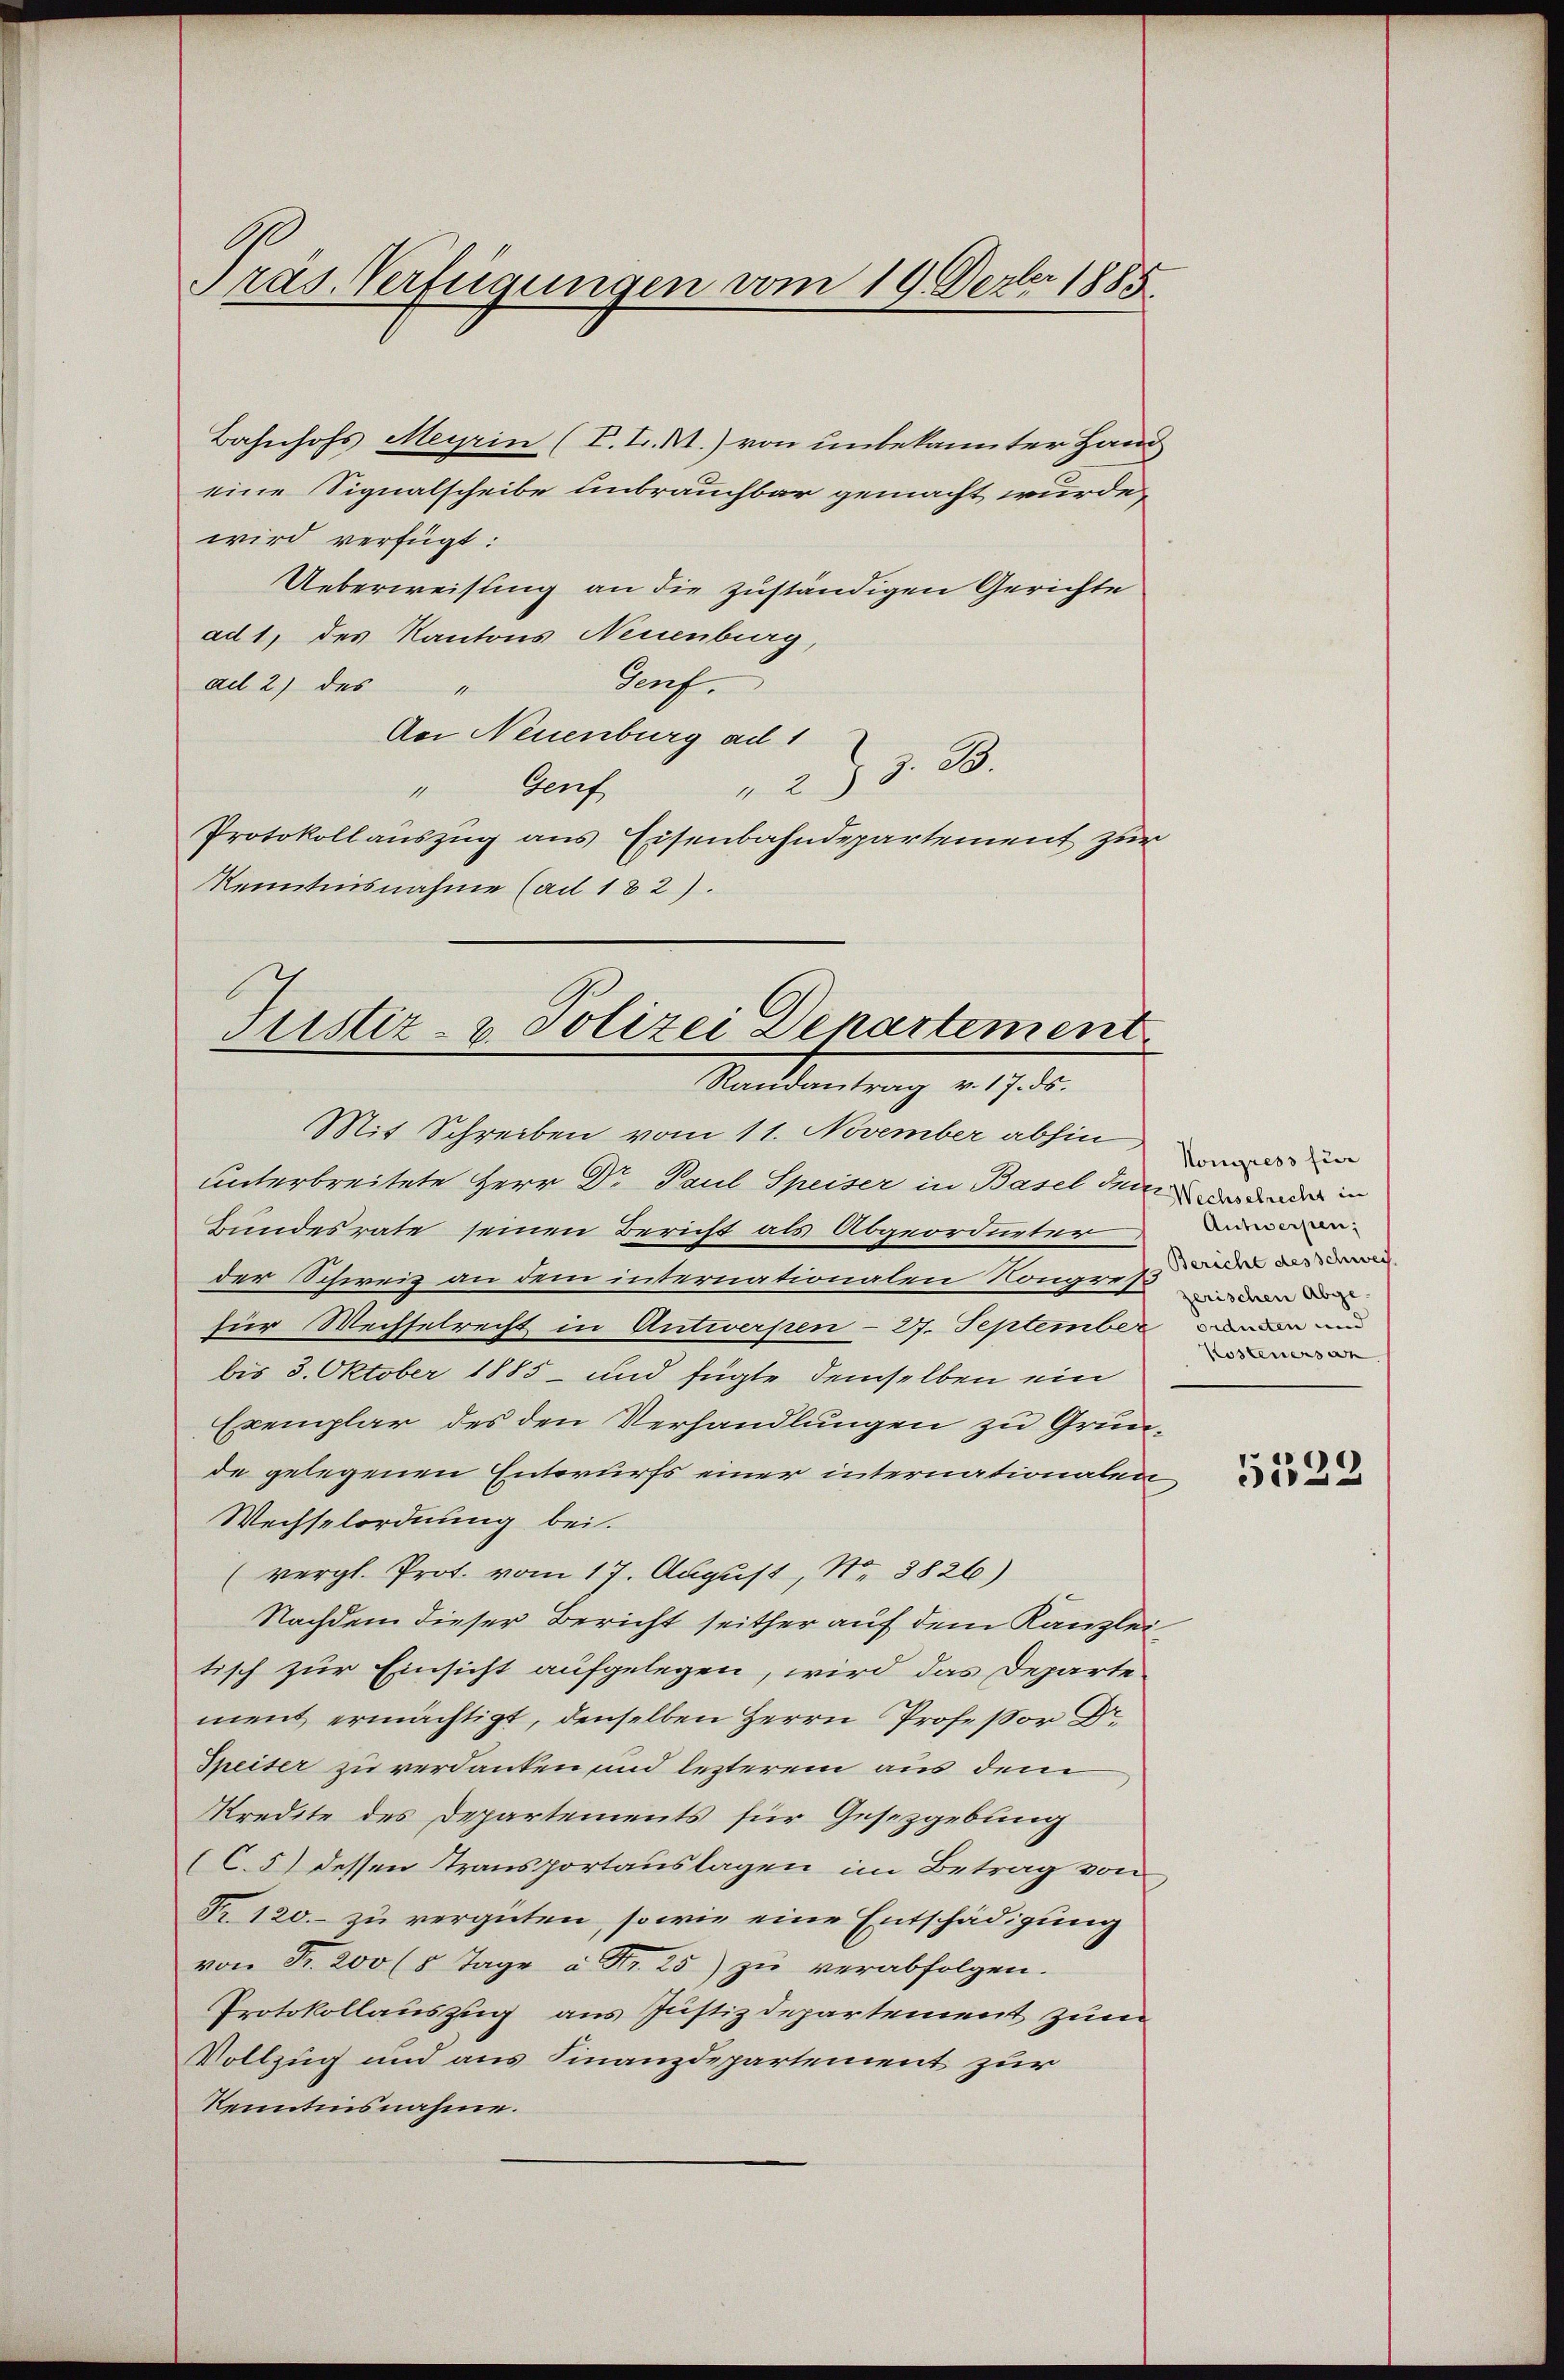
Präs. Verfügungen vom 19. Dezler 1885.

Bahnhofs Meyrin (P. L. M.) von unbekannter Hand
eine Signalscheibe unbrauchbar gemacht wurde,
wird verfügt:
Ueberweisung an die zuständigen Gerichte
ad 1, des Kantons Neuenburg,
Genf.
ad 2) des
14
Ao Neuenburg ad 1
2) § 38.
" Genf
Protokollauszug aus Eisenbahndepartement zur
Kenntnisnahme (ad 182).

Justiz- & Polizei Departement
Randantrag v. 17. ds.

Mit Schreiben vom 11. November abhin wird
unterbreitete Herr Dr Paul Speiser in Basel der das da in
Bundesrate seinen Bericht als Abgeordneter
der Schweiz an dem internationalen Kongres
für Wechselrecht in Antwerpen – 27. September den und
bis 3. Oktober 1885 - und fügte demselben ein
Exemplar des den Verhandlungen zu Grunde gelegenen Entwurfs einer internationalen
Wechselordnung bei.
(vergl. Prot. vom 17. August, N. 3826)
Nachdem dieser Bericht seither auf dem Kanzlei
tisch zur Einsicht aufgelegen, wird das Departe
ment ermächtigt, denselben Herrn Professor Dr.
Speiser zu verdanken und lezterem aus dem
Kredite des Departements für Gesetzgebung
(C.5) dessen Transportauslagen im Betrag von
Fr. 120. zu vergüten, so wie eine Entschädigung
von Fr. 200 (5 Tage à Fr. 25) zu verabfolgen.
Protokollauszug aus Justizdepartement zum
Vollzug und aus Finanzdepartement zur
Kenntnisnahme.

Antwerpen;
Bericht des Schweiz.
zerischen Abge¬
Kosteners an

)
d